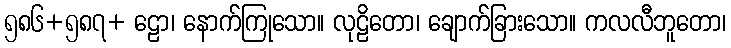
၅၈၆+၅၈၇+ ဠော၊ နောက်ကြုသော။ လုဠိတော၊ ချောက်ခြားသော။ ကလလီဘူတော၊